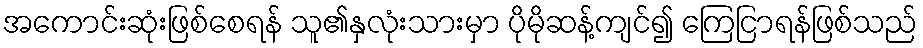
အကောင်းဆုံးဖြစ်စေရန် သူ၏နှလုံးသားမှာ ပိုမိုဆန့်ကျင်၍ ကြေငြာရန်ဖြစ်သည်